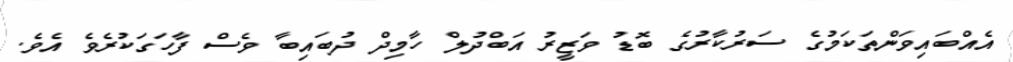
އެއްބައިވަންތަކަމުގެ ސަރުކާރުގެ ބޮޑު ވަޒީރު އަބްދުލް ހާމިދް ދުބައިބާ ވެސް ފާހަގަކުރެވެ އެވެ.